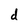
Character: d